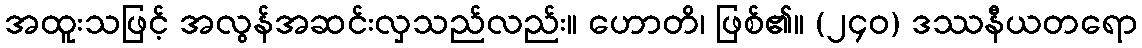
အထူးသဖြင့် အလွန်အဆင်းလှသည်လည်း။ ဟောတိ၊ ဖြစ်၏။ (၂၄၀) ဒဿနီယတရော